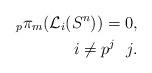
LaTeX: \begin{align*}_p\pi_{m}(\mathcal L_i(S^{n}))=0,\\ i\neq p^j \ \ j.\end{align*}